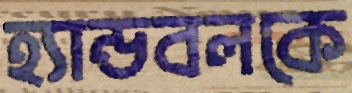
হ্যান্ডবলকে